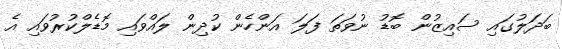
ބަދަލުގައި ސައިޒުން ބޮޑު ނުވަތަ ފަލަ އަންހެން ކުދިން ލައްވައި މޮޑެލްކުރުވައި އެ